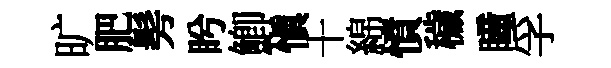
旷肥髣盻鯽慎十綿憤穢瞳孚